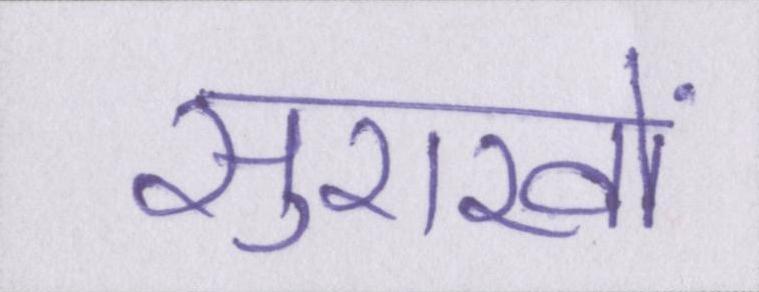
सुराखों